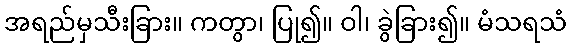
အရည်မှသီးခြား။ ကတွာ၊ ပြု၍။ ဝါ၊ ခွဲခြား၍။ မံသရသံ